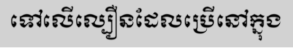
ទៅលើល្បឿនដែលប្រើនៅក្នុង